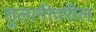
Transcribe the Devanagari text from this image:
तुलागीवरील